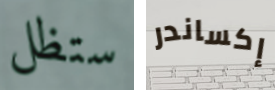
ستظل إكساندر